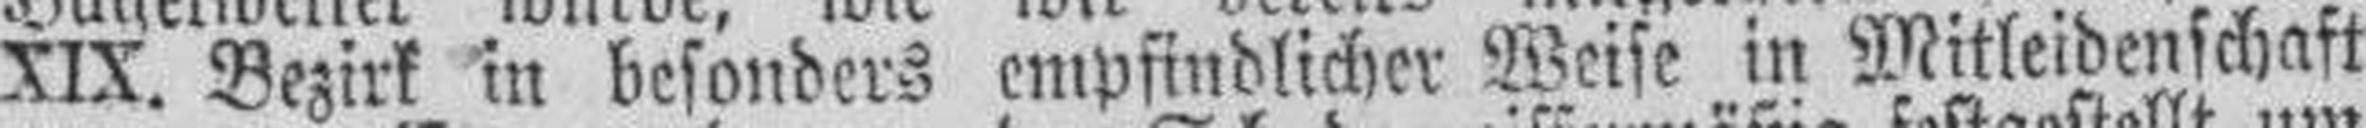
XIX. Bezirk in besonders empfindlicher Weise in Mitleidenschaft